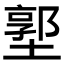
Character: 𱗳